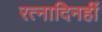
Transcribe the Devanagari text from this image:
रत्नादिनहीं